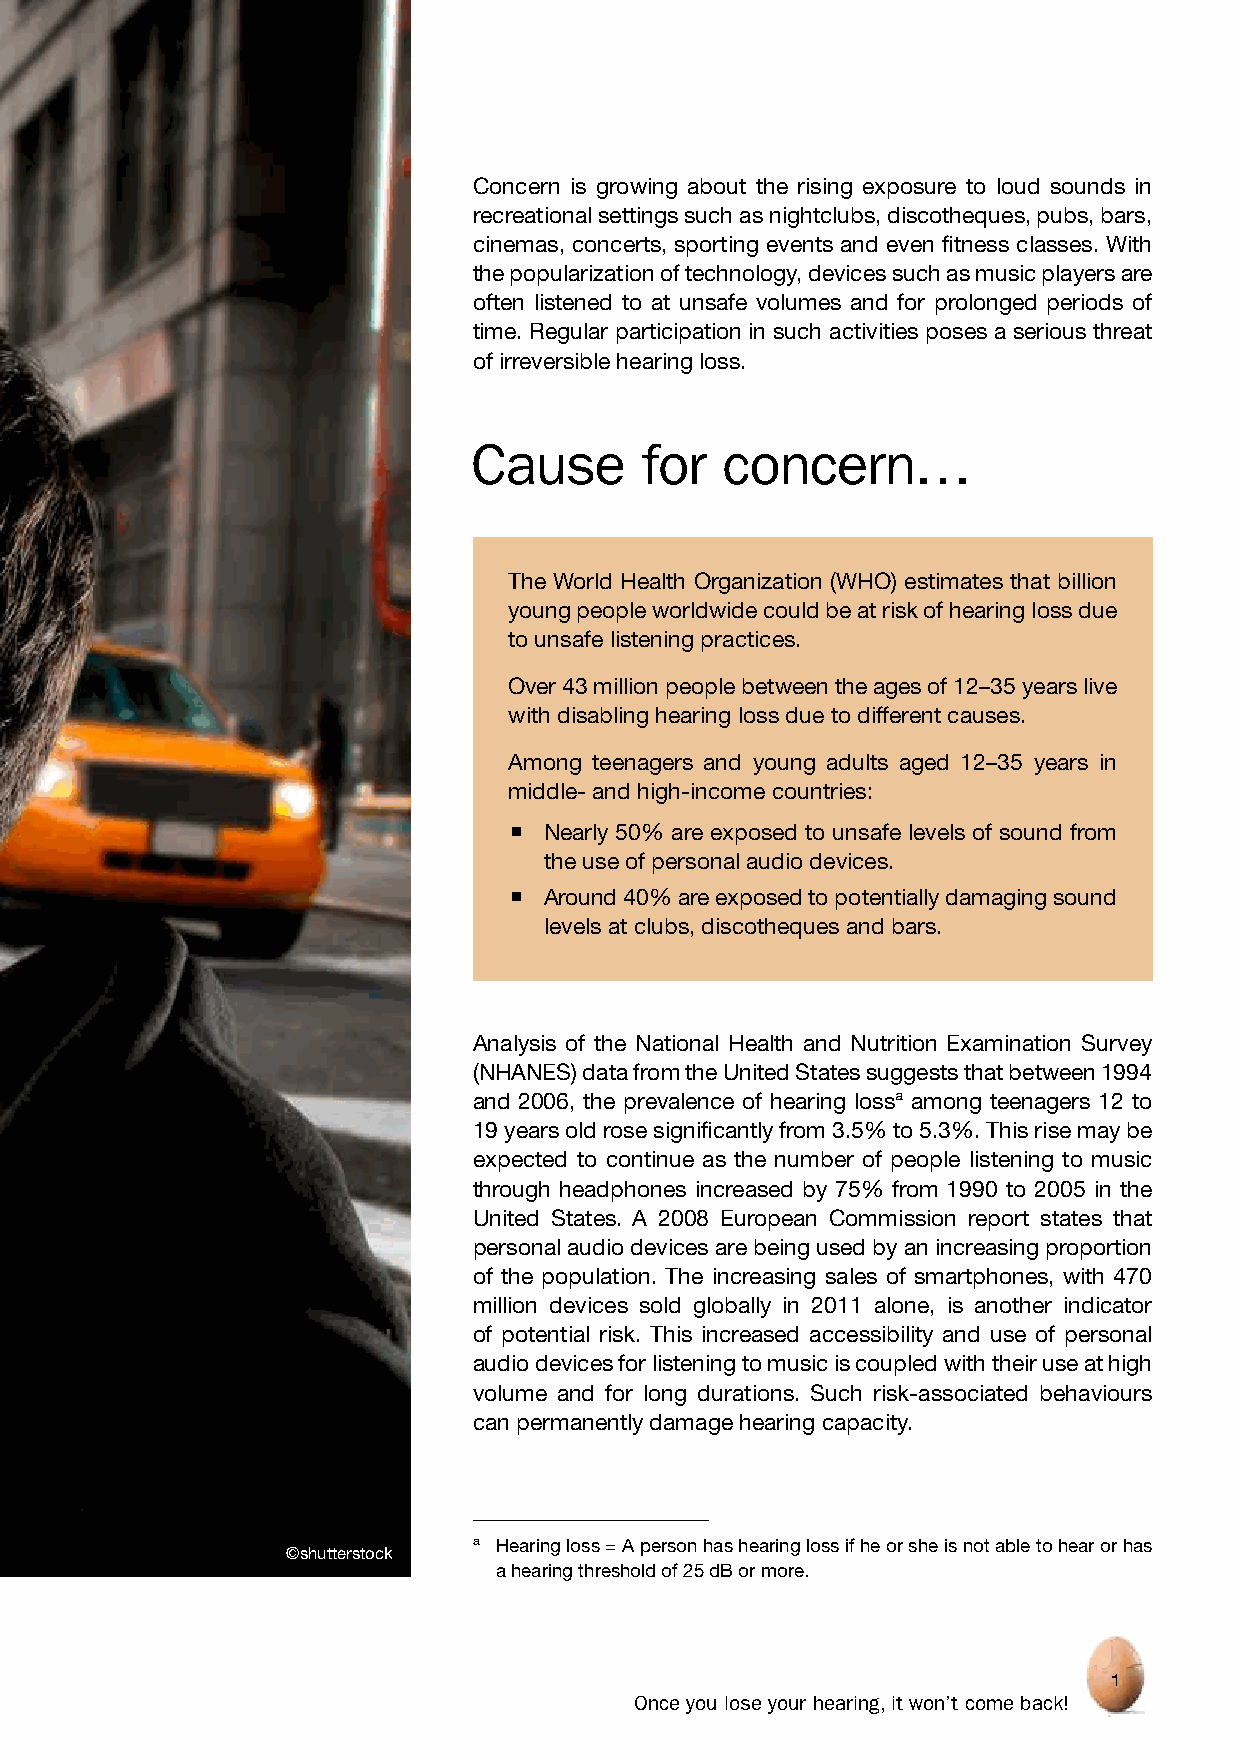
Concern is growing about the rising exposure to loud sounds in
 recreational settings such as nightclubs, discotheques, pubs, bars,
 cinemas, concerts, sporting events and even fitness classes. With
 the popularization of technology, devices such as music players are
 often listened to at unsafe volumes and for prolonged periods of
 time. Regular participation in such activities poses a serious threat
 of irreversible hearing loss.
 Cause      for   concern…
 The World Health Organization (WHO) estimates that billion
 young people worldwide could be at risk of hearing loss due
 to unsafe listening practices.
 Over 43 million people between the ages of 12–35 years live
 with disabling hearing loss due to different causes.
 Among teenagers and young adults aged 12–35 years in
 middle- and high-income countries:
  Nearly 50% are exposed to unsafe levels of sound from
 the use of personal audio devices.
  Around 40% are exposed to potentially damaging sound
 levels at clubs, discotheques and bars.
 Analysis of the National Health and Nutrition Examination Survey
 (NHANES) data from the United States suggests that between 1994
 and 2006, the prevalence of hearing lossa among teenagers 12 to
 19 years old rose significantly from 3.5% to 5.3%. This rise may be
 expected to continue as the number of people listening to music
 through headphones increased by 75% from 1990 to 2005 in the
 United States. A 2008 European Commission report states that
 personal audio devices are being used by an increasing proportion
 of the population. The increasing sales of smartphones, with 470
 million devices sold globally in 2011 alone, is another indicator
 of potential risk. This increased accessibility and use of personal
 audio devices for listening to music is coupled with their use at high
 volume and for long durations. Such risk-associated behaviours
 can permanently damage hearing capacity.
 a Hearing loss = A person has hearing loss if he or she is not able to hear or has
 ©shutterstock
 a hearing threshold of 25 dB or more.
 1
 Once you lose your hearing, it won’t come back!